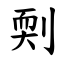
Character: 㓴